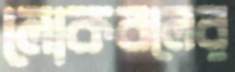
লোকবলের